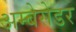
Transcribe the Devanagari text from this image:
अम्बेसेडर